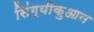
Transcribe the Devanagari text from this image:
सिंग्यीकुआन